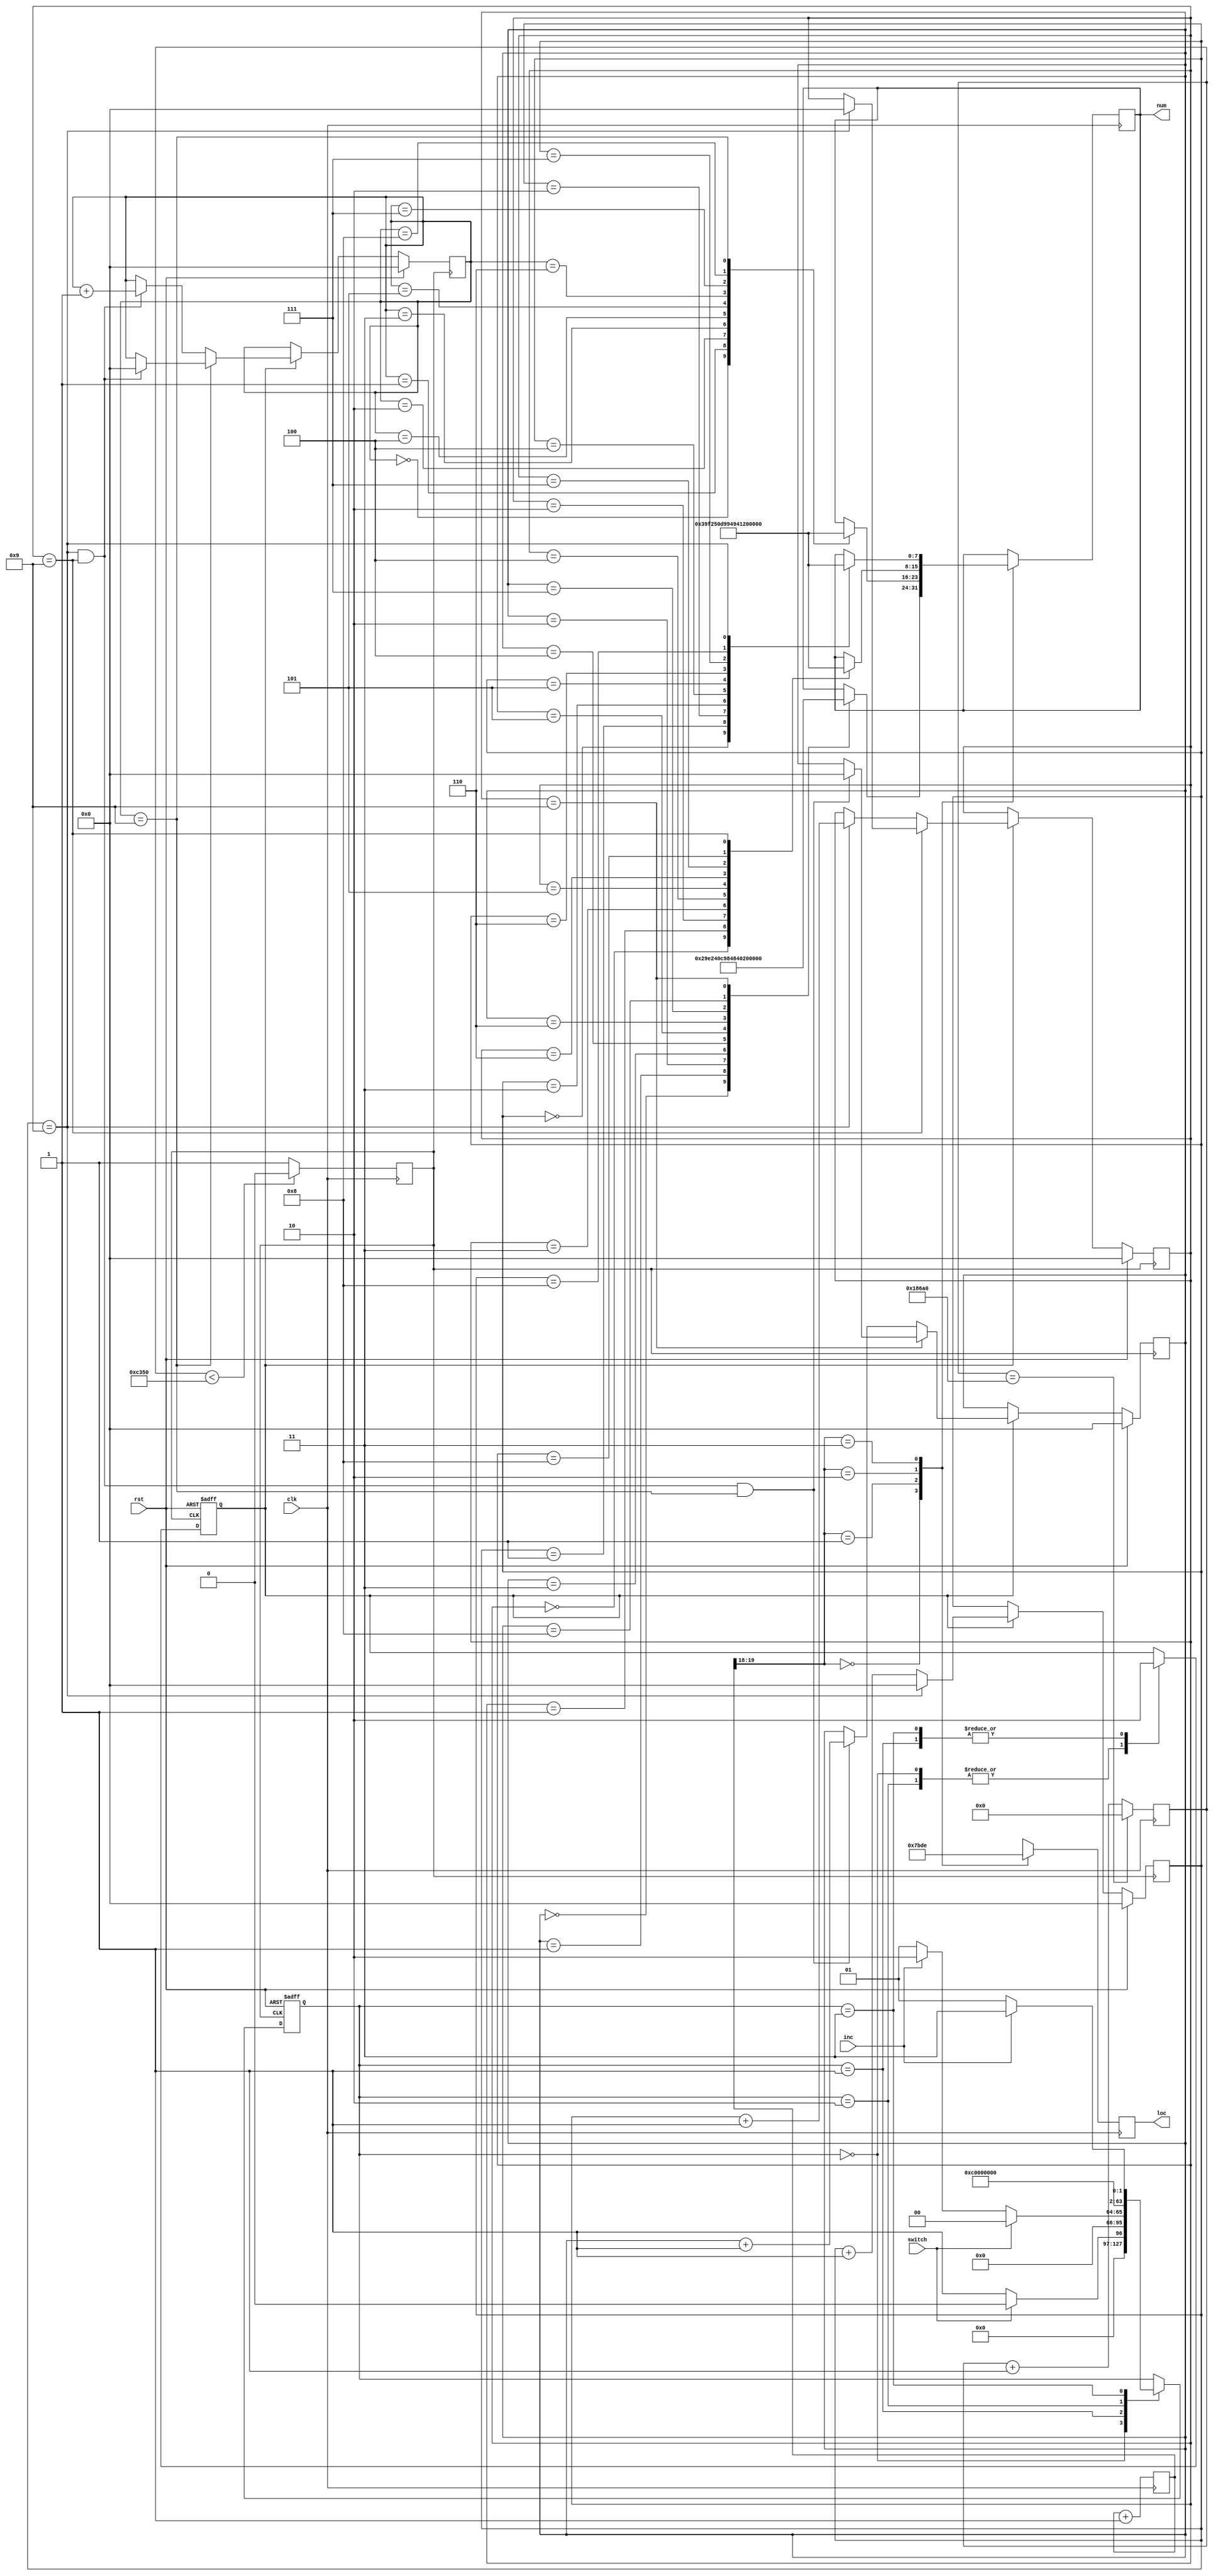
`timescale 1ns / 1ps
//////////////////////////////////////////////////////////////////////////////////
// Company: 
// Engineer: 
// 
// Design Name: 
// Module Name:    ms_timer 
// Project Name: 
// Target Devices: 
// Tool versions: 
// Description: 
//
// Dependencies: 
//
// Revision: 
// Revision 0.01 - File Created
// Additional Comments: 
//
//////////////////////////////////////////////////////////////////////////////////

module ms_timer(
input clk,
input inc,
input wire switch, // 1 start 0 stop
input rst, // 
output reg [7:0] num, // parameter
output reg [3:0] loc// 
    );
parameter  SEG_NUM0 = 8'b00000011,  // abcdefg dp
           SEG_NUM1 = 8'b10011111,
			  SEG_NUM2 = 8'b00100101,
			  SEG_NUM3 = 8'b00001101,
			  SEG_NUM4 = 8'b10011001,
			  SEG_NUM5 = 8'b01001001,
			  SEG_NUM6 = 8'b01000001,
			  SEG_NUM7 = 8'b00011111,
			  SEG_NUM8 = 8'b00000001,
			  SEG_NUM9 = 8'b00001001,
			  SEGD_NUM0 = 8'b00000010,  //  abcdefg dp
           SEGD_NUM1 = 8'b10011110,
			  SEGD_NUM2 = 8'b00100100,
			  SEGD_NUM3 = 8'b00001100,
			  SEGD_NUM4 = 8'b10011000,
			  SEGD_NUM5 = 8'b01001000,
			  SEGD_NUM6 = 8'b01000000,
			  SEGD_NUM7 = 8'b00011110,
			  SEGD_NUM8 = 8'b00000000,
			  SEGD_NUM9 = 8'b00001000;

// 		  
parameter  DUAN_3 = 4'b0111,			  
			  DUAN_2 = 4'b1011,
			  DUAN_1 = 4'b1101,
			  DUAN_0 = 4'b1110;
			  
reg [20:0] count = 0;
reg [3:0] ms1 = 0;   // 
reg [3:0] ms10 = 0; // 10
reg [3:0] ms100 = 0; // 100
reg [3:0] s1 = 0; // 1

reg [17:0] fenpin = 0;
reg clk_1ms = 0;
reg cen = 0;
integer fsm = 1; //,
always @(posedge clk) begin
	   if(fenpin == 100000)
		   fenpin <= 0;
		else 
		   fenpin <= fenpin + 1'b1;
end

always @ (posedge clk) begin
   if(fenpin < 50000)
	    clk_1ms  <= 0;
	else
	    clk_1ms  <= 1;
end
// 
always @ (posedge clk) begin
   count <= count + 1'b1;	
end

always @ (posedge clk_1ms or posedge rst) begin
if (rst) begin
fsm = 1;
cen = 0;
end
else begin
 case(fsm)
    0: begin // start	  
	    cen = 1;
	    if(!switch)// stop
		 fsm = 1;
		 else	
		  fsm = 0;
	    end
	 1: begin  // stop
	    cen = 0;
	    if(switch) //start
		 fsm = 0;
       else if(inc) 
		 fsm = 2;
		 else
		 fsm = 1;
       end		 
	 2: begin    // inc
	    cen = 1;
	    fsm = 3;
		 end
	 3: begin
	    cen = 0;
		 if(inc)
		 fsm = 3;
		 else
		 fsm = 1;
	   end
 endcase
end

end

// 14
always @ (posedge clk_1ms) begin 
if(!rst) begin
if(cen) begin
case(ms1)
	 4'b1001: ms1 <= 4'b0000;
	 default:  ms1 <= ms1 + 1'b1;
	 endcase
	 
	 case(ms10)
	 4'b1001: begin
	           if(ms1 == 4'b1001)
	             ms10 <= 4'b0000;
				 end
	 default: begin
    	       if(ms1 == 4'b1001)
	             ms10 <= ms10 + 1'b1;
				 end
	 endcase
	 
	 case(ms100)
	 4'b1001: begin
	           if(ms1 == 4'b1001 && ms10 == 4'b1001)
	             ms100 <= 4'b0000;
				 end
	 default: begin
    	       if(ms1 == 4'b1001 && ms10 == 4'b1001)
	             ms100 <= ms100 + 1'b1;
				 end
	 endcase
	 
	 case(s1)
	 4'b1001: begin
	           if(ms1 == 4'b1001 && ms10 == 4'b1001 && ms100 == 4'b1001)
	             s1 <= 4'b0000;
				 end
	 default: begin
    	       if(ms1 == 4'b1001 && ms10 == 4'b1001 && ms100 == 4'b1001)
	             s1 <= s1 + 1'b1;
				 end
	 endcase
end
end
//
else begin
ms1 <= 0;
ms100 <= 0;
ms10 <= 0;
s1 <= 0;
end
end

// ,
always @ (posedge clk) begin
  case(count[19:18])
  2'b00: begin
          loc <= DUAN_3;
			 case(s1)
			 4'b0000: num <= SEGD_NUM0;
			 4'b0001: num <= SEGD_NUM1;
			 4'b0010: num <= SEGD_NUM2;
			 4'b0011: num <= SEGD_NUM3;
			 4'b0100: num <= SEGD_NUM4;
			 4'b0101: num <= SEGD_NUM5;
			 4'b0110: num <= SEGD_NUM6;
			 4'b0111: num <= SEGD_NUM7;
			 4'b1000: num <= SEGD_NUM8;
			 4'b1001: num <= SEGD_NUM9;
			 endcase
			end
	
  2'b01: begin
          loc <= DUAN_2;
			 case(ms100)
			 4'b0000: num <= SEG_NUM0;
			 4'b0001: num <= SEG_NUM1;
			 4'b0010: num <= SEG_NUM2;
			 4'b0011: num <= SEG_NUM3;
			 4'b0100: num <= SEG_NUM4;
			 4'b0101: num <= SEG_NUM5;
			 4'b0110: num <= SEG_NUM6;
			 4'b0111: num <= SEG_NUM7;
			 4'b1000: num <= SEG_NUM8;
			 4'b1001: num <= SEG_NUM9;
			 endcase
			end
  2'b10: begin
          loc <= DUAN_1;
			 case(ms10)
			 4'b0000: num <= SEG_NUM0;
			 4'b0001: num <= SEG_NUM1;
			 4'b0010: num <= SEG_NUM2;
			 4'b0011: num <= SEG_NUM3;
			 4'b0100: num <= SEG_NUM4;
			 4'b0101: num <= SEG_NUM5;
			 4'b0110: num <= SEG_NUM6;
			 4'b0111: num <= SEG_NUM7;
			 4'b1000: num <= SEG_NUM8;
			 4'b1001: num <= SEG_NUM9;
			 endcase
			end
  2'b11: begin
          loc <= DUAN_0;
			 case(ms1)
			 4'b0000: num <= SEG_NUM0;
			 4'b0001: num <= SEG_NUM1;
			 4'b0010: num <= SEG_NUM2;
			 4'b0011: num <= SEG_NUM3;
			 4'b0100: num <= SEG_NUM4;
			 4'b0101: num <= SEG_NUM5;
			 4'b0110: num <= SEG_NUM6;
			 4'b0111: num <= SEG_NUM7;
			 4'b1000: num <= SEG_NUM8;
			 4'b1001: num <= SEG_NUM9;
			 endcase
			end
  endcase

end
   
endmodule



//test 
/*
module ms_timer(
input clk,
input inc,
input wire switch, // 1 start 0 stop
input rst, // 
output reg [7:0] num, // parameter
output reg [3:0] loc// 
    );
parameter  SEG_NUM0 = 8'b00000011,  // abcdefg dp
           SEG_NUM1 = 8'b10011111,
			  SEG_NUM2 = 8'b00100101,
			  SEG_NUM3 = 8'b00001101,
			  SEG_NUM4 = 8'b10011001,
			  SEG_NUM5 = 8'b01001001,
			  SEG_NUM6 = 8'b01000001,
			  SEG_NUM7 = 8'b00011111,
			  SEG_NUM8 = 8'b00000001,
			  SEG_NUM9 = 8'b00001001,
			  SEGD_NUM0 = 8'b00000010,  //  abcdefg dp
           SEGD_NUM1 = 8'b10011110,
			  SEGD_NUM2 = 8'b00100100,
			  SEGD_NUM3 = 8'b00001100,
			  SEGD_NUM4 = 8'b10011000,
			  SEGD_NUM5 = 8'b01001000,
			  SEGD_NUM6 = 8'b01000000,
			  SEGD_NUM7 = 8'b00011110,
			  SEGD_NUM8 = 8'b00000000,
			  SEGD_NUM9 = 8'b00001000;

// 		  
parameter  DUAN_3 = 4'b0111,			  
			  DUAN_2 = 4'b1011,
			  DUAN_1 = 4'b1101,
			  DUAN_0 = 4'b1110;
			  
reg [20:0] count = 0;
reg [3:0] ms1 = 0;   // 
reg [3:0] ms10 = 0; // 10
reg [3:0] ms100 = 0; // 100
reg [3:0] s1 = 0; // 1

reg cen = 0;
integer fsm = 1; //,

// 
always @ (posedge clk) begin
   count <= count + 1'b1;	
end

always @ (posedge clk or posedge rst) begin
if (rst) begin
fsm = 1;
cen = 0;
end
else begin
 case(fsm)
    0: begin // start	  
	    cen = 1;
	    if(!switch)// stop
		 fsm = 1;
		 else	
		  fsm = 0;
	    end
	 1: begin  // stop
	    cen = 0;
	    if(switch) //start
		 fsm = 0;
       else if(inc) 
		 fsm = 2;
		 else
		 fsm = 1;
       end		 
	 2: begin
	    cen = 1;
	    fsm = 3;
		 end
	  3: begin
	    cen = 0;
		 if(inc)
		 fsm = 3;
		 else
		 fsm = 1;
	   end
 endcase
end

end

always @ (posedge clk) begin 
if(!rst) begin
if(cen) begin
case(ms1)
	 4'b1001: ms1 <= 4'b0000;
	 default:  ms1 <= ms1 + 1'b1;
	 endcase
	 
	 case(ms10)
	 4'b1001: begin
	           if(ms1 == 4'b1001)
	             ms10 <= 4'b0000;
				 end
	 default: begin
    	       if(ms1 == 4'b1001)
	             ms10 <= ms10 + 1'b1;
				 end
	 endcase
	 
	 case(ms100)
	 4'b1001: begin
	           if(ms1 == 4'b1001 && ms10 == 4'b1001)
	             ms100 <= 4'b0000;
				 end
	 default: begin
    	       if(ms1 == 4'b1001 && ms10 == 4'b1001)
	             ms100 <= ms100 + 1'b1;
				 end
	 endcase
	 
	 case(s1)
	 4'b1001: begin
	           if(ms1 == 4'b1001 && ms10 == 4'b1001 && ms100 == 4'b1001)
	             s1 <= 4'b0000;
				 end
	 default: begin
    	       if(ms1 == 4'b1001 && ms10 == 4'b1001 && ms100 == 4'b1001)
	             s1 <= s1 + 1'b1;
				 end
	 endcase
end
end

else begin
ms1 <= 0;
ms100 <= 0;
ms10 <= 0;
s1 <= 0;
end
end

// 
always @ (posedge clk) begin
  case(count[2:1])
  2'b00: begin
          loc <= DUAN_3;
			 case(s1)
			 4'b0000: num <= SEGD_NUM0;
			 4'b0001: num <= SEGD_NUM1;
			 4'b0010: num <= SEGD_NUM2;
			 4'b0011: num <= SEGD_NUM3;
			 4'b0100: num <= SEGD_NUM4;
			 4'b0101: num <= SEGD_NUM5;
			 4'b0110: num <= SEGD_NUM6;
			 4'b0111: num <= SEGD_NUM7;
			 4'b1000: num <= SEGD_NUM8;
			 4'b1001: num <= SEGD_NUM9;
			 endcase
			end
	
  2'b01: begin
          loc <= DUAN_2;
			 case(ms100)
			 4'b0000: num <= SEG_NUM0;
			 4'b0001: num <= SEG_NUM1;
			 4'b0010: num <= SEG_NUM2;
			 4'b0011: num <= SEG_NUM3;
			 4'b0100: num <= SEG_NUM4;
			 4'b0101: num <= SEG_NUM5;
			 4'b0110: num <= SEG_NUM6;
			 4'b0111: num <= SEG_NUM7;
			 4'b1000: num <= SEG_NUM8;
			 4'b1001: num <= SEG_NUM9;
			 endcase
			end
  2'b10: begin
          loc <= DUAN_1;
			 case(ms10)
			 4'b0000: num <= SEG_NUM0;
			 4'b0001: num <= SEG_NUM1;
			 4'b0010: num <= SEG_NUM2;
			 4'b0011: num <= SEG_NUM3;
			 4'b0100: num <= SEG_NUM4;
			 4'b0101: num <= SEG_NUM5;
			 4'b0110: num <= SEG_NUM6;
			 4'b0111: num <= SEG_NUM7;
			 4'b1000: num <= SEG_NUM8;
			 4'b1001: num <= SEG_NUM9;
			 endcase
			end
  2'b11: begin
          loc <= DUAN_0;
			 case(ms1)
			 4'b0000: num <= SEG_NUM0;
			 4'b0001: num <= SEG_NUM1;
			 4'b0010: num <= SEG_NUM2;
			 4'b0011: num <= SEG_NUM3;
			 4'b0100: num <= SEG_NUM4;
			 4'b0101: num <= SEG_NUM5;
			 4'b0110: num <= SEG_NUM6;
			 4'b0111: num <= SEG_NUM7;
			 4'b1000: num <= SEG_NUM8;
			 4'b1001: num <= SEG_NUM9;
			 endcase
			end
  endcase

end
   
endmodule
*/